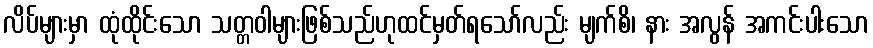
လိပ်များမှာ ထုံထိုင်းသော သတ္တဝါများဖြစ်သည်ဟုထင်မှတ်ရသော်လည်း မျက်စိ၊ နား အလွန် အကင်းပါးသော